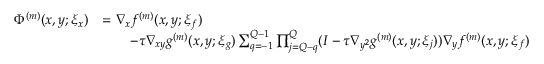
\begin{array} { r l } { \Phi ^ { ( m ) } ( x , y ; \xi _ { x } ) } & { = \nabla _ { x } f ^ { ( m ) } ( x , y ; \xi _ { f } ) } \\ & { \qquad - \tau \nabla _ { x y } g ^ { ( m ) } ( x , y ; \xi _ { g } ) \sum _ { q = - 1 } ^ { Q - 1 } \prod _ { j = Q - q } ^ { Q } ( I - \tau \nabla _ { y ^ { 2 } } g ^ { ( m ) } ( x , y ; \xi _ { j } ) ) \nabla _ { y } f ^ { ( m ) } ( x , y ; \xi _ { f } ) } \end{array}